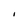
Character: I